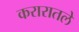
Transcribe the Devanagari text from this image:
करारातले